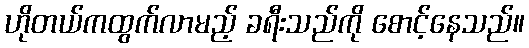
ဟိုတယ်ကထွက်လာမည့် ခရီးသည်ကို စောင့်နေသည်။